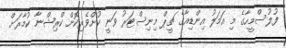
ފުލުސްމީހާގެ މި އަމަލު އިންޑިއާގެ ޗީޕް މިނިސްޓަރު ވަނީ ކުށްވެރިކޮށް ކްރިޝްނާ ކުމާރަށް